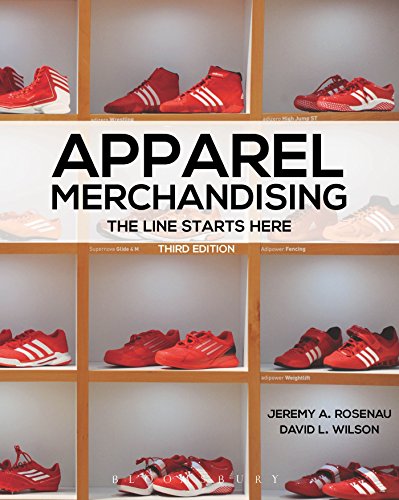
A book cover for Apparel Merchandising: The Line Starts Here; Jeremy A. Rosenau; Business & Money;